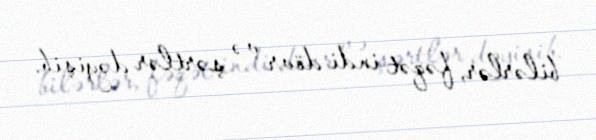
bilərlər, fəqət indi dövr və şərtlər dəyişib.